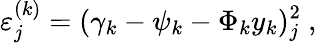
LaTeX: \varepsilon_{j}^{(k)}=(\gamma_{k}-\psi_{k}-\Phi_{k}y_{k})_{j}^{2}\mathrm{~,~}